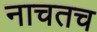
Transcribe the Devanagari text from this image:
नाचतच